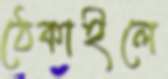
ঠেকাইলে